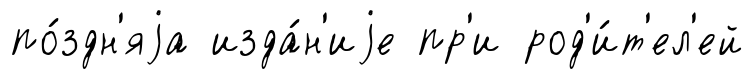
по́здн'яjа изда́н'иjе пр'и род'и́т'ел'ей